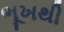
ભૂખથી